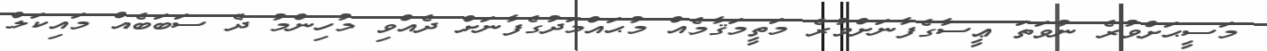
މަސީޙަށްވުރެ ނުވަތަ ޢީސާގެފާނަށްވުރެ މަތީމަޤާމެއް މުޙައްމަދުގެފާނަށް ދެއްވި މުހިންމު ދެ ސަބަބެއް މައިކަލް